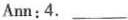
Ann:4.___Jim:No,Ican't sell it.The guitar is my birthday gift and it's important to me. Ann:5.___ Jim:That's a good idea.OK. Tll find a party-time job to make some money. A. You could ask your parents for some money. B. How about getting a part-time job? C.'m too young to do a part-time job. D.What should I do? E. The bike is my favorite. F. Why not borrow some money from your sister? G. Maybe you should sell your guitar?